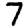
Digit: 7